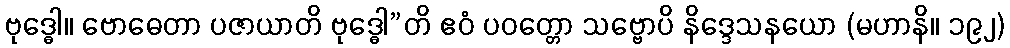
ဗုဒ္ဓေါ။ ဗောဓေတာ ပဇာယာတိ ဗုဒ္ဓေါ”တိ ဧဝံ ပဝတ္တော သဗ္ဗောပိ နိဒ္ဒေသနယော (မဟာနိ။ ၁၉၂)